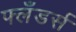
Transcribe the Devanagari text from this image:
फ्लँडर्स